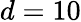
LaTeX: d=10